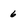
Character: 6